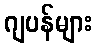
ဂျပန်များ